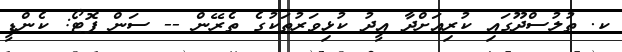
ކ. ތުލުސްދޫގައި ކުރިއަށްދާ އީދު ކުޅިވަރުތަކުގެ ތެރޭން -- ސަން ފޮޓޯ: ކެންޑީ